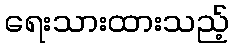
ရေးသားထားသည့်